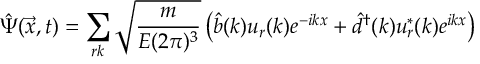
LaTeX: \hat { \Psi } ( \vec { x } , t ) = \sum _ { r k } \sqrt { \frac { m } { E ( 2 \pi ) ^ { 3 } } } \left( \hat { b } ( k ) u _ { r } ( k ) e ^ { - i k x } + \hat { d } ^ { \dag } ( k ) u _ { r } ^ { * } ( k ) e ^ { i k x } \right)